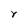
Character: Y